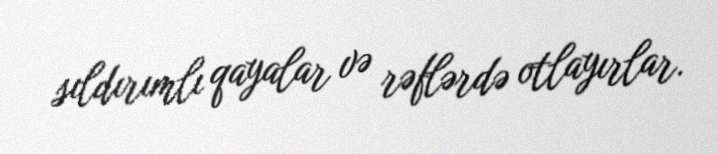
sıldırımlı qayalar və rəflərdə otlayırlar.